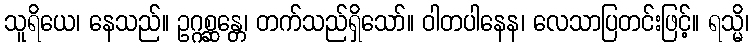
သူရိယေ၊ နေသည်။ ဥဂ္ဂစ္ဆန္တေ၊ တက်သည်ရှိသော်။ ဝါတပါနေန၊ လေသာပြတင်းဖြင့်။ ရသ္မိ၊